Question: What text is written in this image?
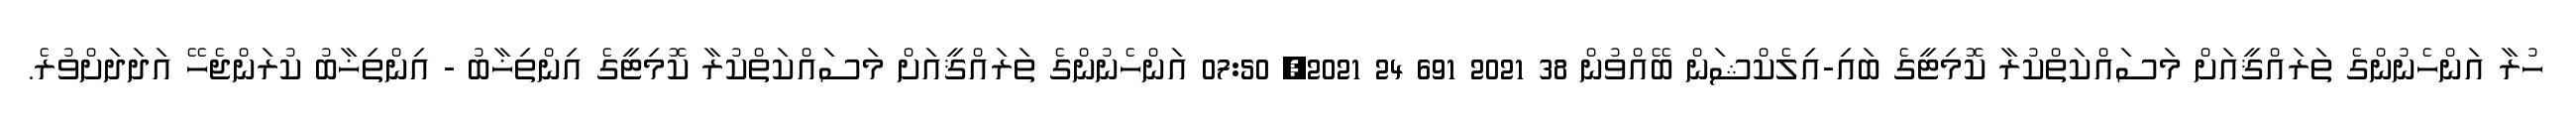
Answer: ހުރާ އަންހެނުންގެ ތަރައްޤީއަށް މަސައްކަތްކުރާ ކޮމިޓީގެ ބައި-އިލެކްޝަން ބޭއްވުން 38 2021 691 24 2021, 07:50 އަންހެނުންގެ ތަރައްޤީއަށް މަސައްކަތްކުރާ ކޮމިޓީގެ އިންތިޚާބު - އިންތިޚާބު ކުރަންޖެހޭ އަދަދަށްވުރެ.